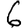
Digit: 6